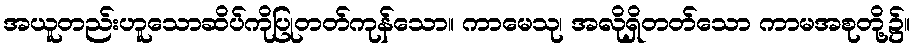
အယူတည်းဟူသောဆိပ်ကိုပြုတတ်ကုန်သော။ ကာမေသု၊ အလိုရှိတတ်သော ကာမအစုတို့၌။